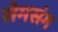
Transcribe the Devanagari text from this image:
सेमसंग